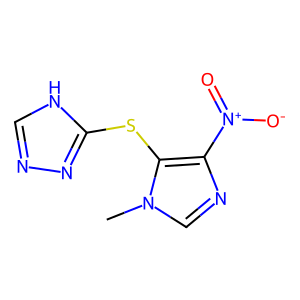
SMILES: Cn1cnc([N+](=O)[O-])c1Sc1nnc[nH]1
Inhibits HIV replication: No